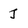
Character: J